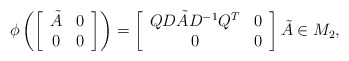
\begin{align*}\phi\left(\left[\begin{array}{cc} \tilde A & 0 \\0 & 0 \end{array} \right]\right) = \left[\begin{array}{cc} QD \tilde A D^{-1} Q^T & 0 \\0 & 0 \end{array}\right] \tilde A \in M_2,\end{align*}